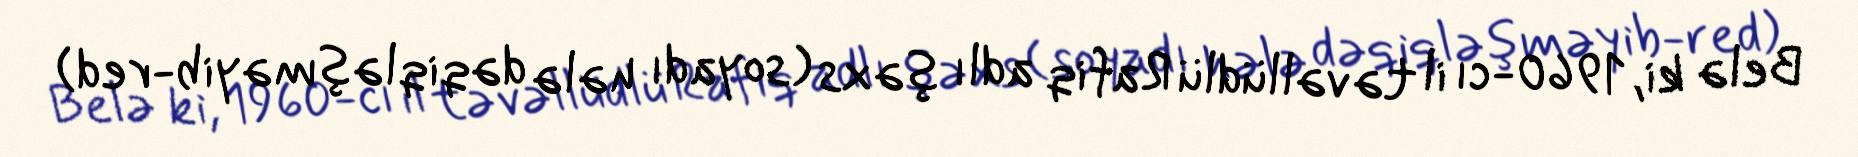
Belə ki, 1960-cı il təvəllüdlü Rafiq adlı şəxs (soyadı hələ dəqiqləşməyib-red)